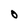
Character: O